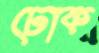
ঢোক